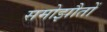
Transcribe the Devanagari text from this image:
समोझौतों